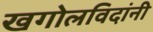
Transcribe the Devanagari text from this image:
खगोलविदांनी